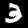
Digit: 3